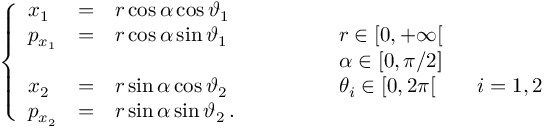
\left\{ \begin{array} { l c l l } { x _ { 1 } } & { = } & { r \cos \alpha \cos \vartheta _ { 1 } } & \\ { p _ { x _ { 1 } } } & { = } & { r \cos \alpha \sin \vartheta _ { 1 } } & { \qquad \qquad r \in [ 0 , + \infty [ } \\ & & & { \qquad \qquad \alpha \in [ 0 , \pi / 2 ] } \\ { x _ { 2 } } & { = } & { r \sin \alpha \cos \vartheta _ { 2 } } & { \qquad \qquad \theta _ { i } \in [ 0 , 2 \pi [ \qquad i = 1 , 2 } \\ { p _ { x _ { 2 } } } & { = } & { r \sin \alpha \sin \vartheta _ { 2 } \, . } & \end{array} \right.